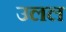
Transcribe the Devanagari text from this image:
उलल